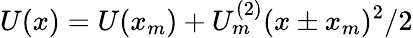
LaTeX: U(x)=U(x_{m})+U_{m}^{(2)}(x\pm x_{m})^{2}/2